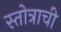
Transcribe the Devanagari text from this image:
स्तोत्राची